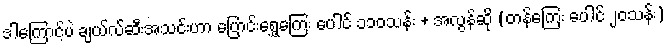
ဒါကြောင့်ပဲ ချယ်လ်ဆီးအသင်းဟာ ပြောင်းရွှေ့ကြေး ပေါင် ၁၁၀သန်း + အလွန်ဆို (တန်ကြေး ပေါင် ၂၀သန်း)